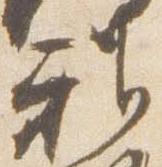
雅